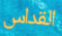
القداس